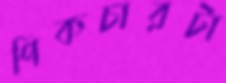
পিকচারটা